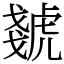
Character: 虦